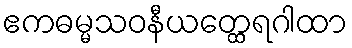
ဧကဓမ္မသဝနီယတ္ထေရဂါထာ